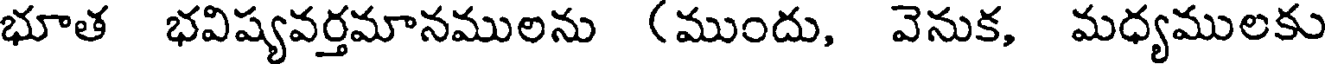
భూత భవిష్యవర్తమానములను (ముందు, వెనుక, మధ్యములకు